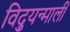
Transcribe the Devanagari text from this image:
विद्युन्माली